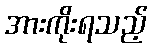
အားကိုးရသည့်